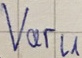
Text: Varl1